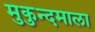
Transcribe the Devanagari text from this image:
मुकुन्दमाला